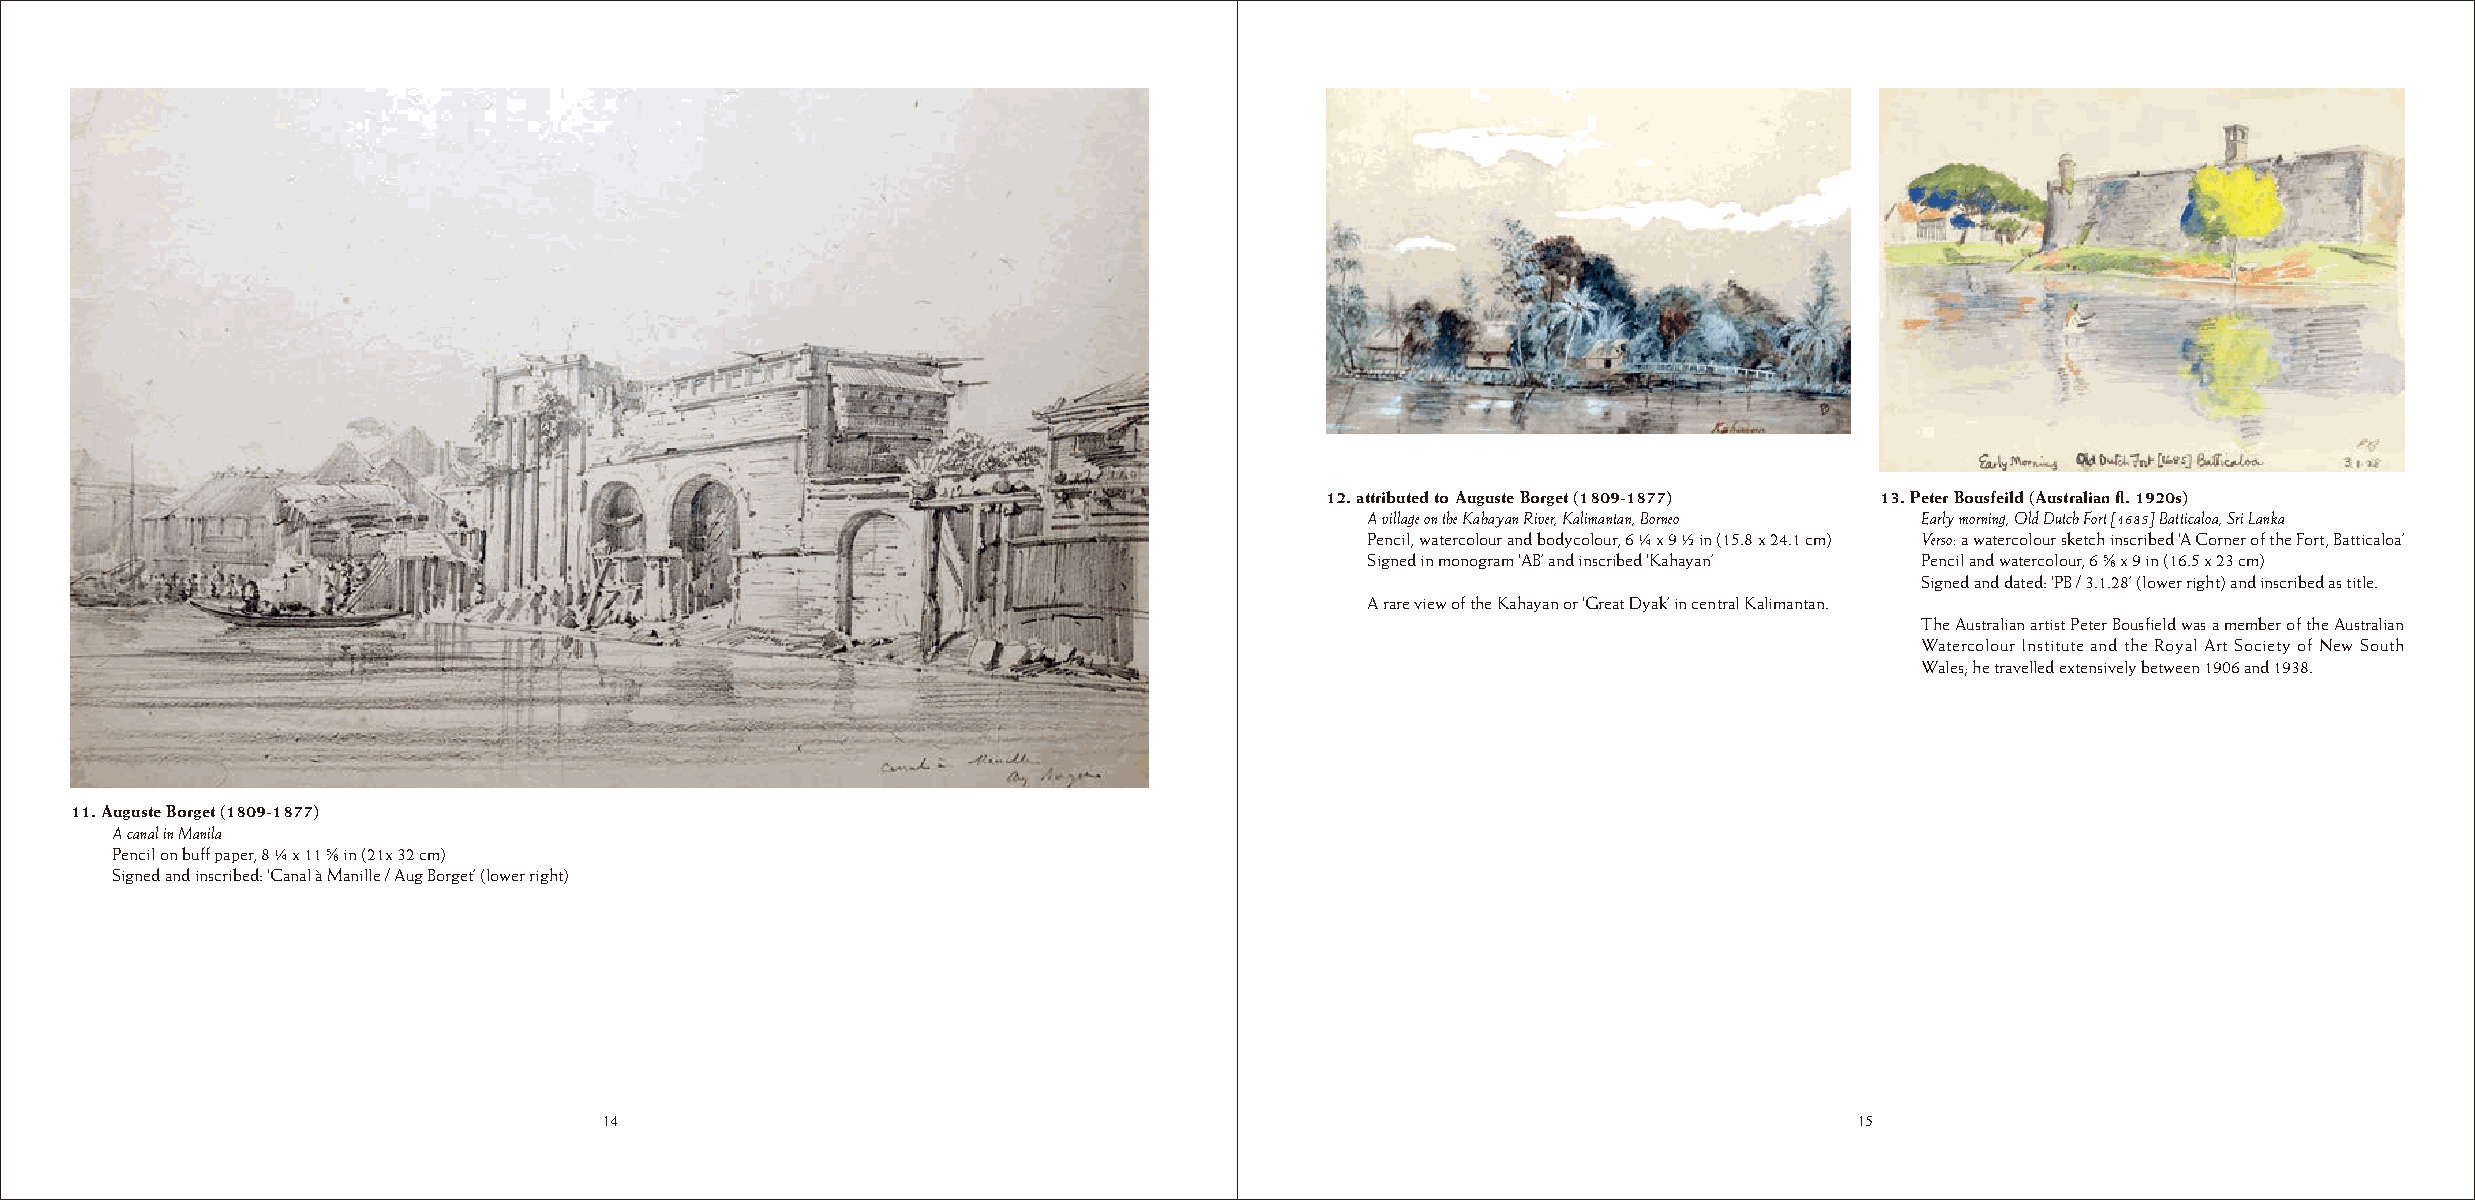
12. attributed to Auguste Borget (1809-1877) 13. Peter Bousfeild (Australian fl. 1920s)
 A village on the Kahayan River, Kalimantan, Borneo Early morning, Old Dutch Fort [1685] Batticaloa, Sri Lanka
 Pencil, watercolour and bodycolour, 6 ¼ x 9 ½ in (15.8 x 24.1 cm) Verso: a watercolour sketch inscribed ‘A Corner of the Fort, Batticaloa’
 Signed in monogram ‘AB’ and inscribed ‘Kahayan’ Pencil and watercolour, 6 ¬ x 9 in (16.5 x 23 cm)
 Signed and dated: ‘PB / 3.1.28’ (lower right) and inscribed as title.
 A rare view of the Kahayan or ‘Great Dyak’ in central Kalimantan.
 The Australian artist Peter Bousfield was a member of the Australian
 Watercolour Institute and the Royal Art Society of New South
 Wales; he travelled extensively between 1906 and 1938.
 11. Auguste Borget (1809-1877)
 A canal in Manila
 Pencil on buff paper, 8 ¼ x 11 ¬ in (21x 32 cm)
 Signed and inscribed: ‘Canal à Manille / Aug Borget’ (lower right)
 14                                                                                 15
 14                                                                                 15